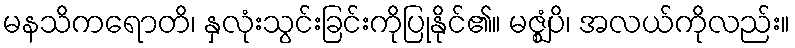
မနသိကရောတိ၊ နှလုံးသွင်းခြင်းကိုပြုနိုင်၏။ မဇ္ဈံပိ၊ အလယ်ကိုလည်း။